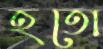
হতো